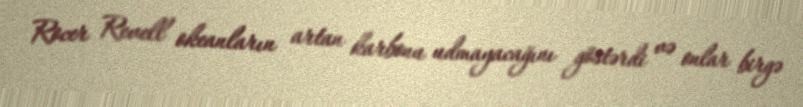
Rocer Revell okeanların artan karbonu udmayacağını göstərdi və onlar birgə